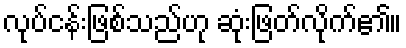
လုပ်ငန်းဖြစ်သည်ဟု ဆုံးဖြတ်လိုက်၏။